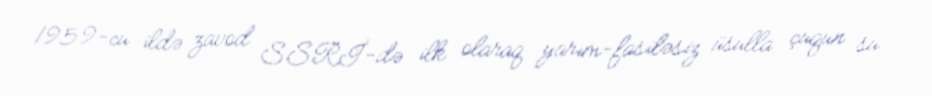
1959-cu ildə zavod SSRİ-də ilk olaraq yarım-fasiləsiz üsulla çuqun su